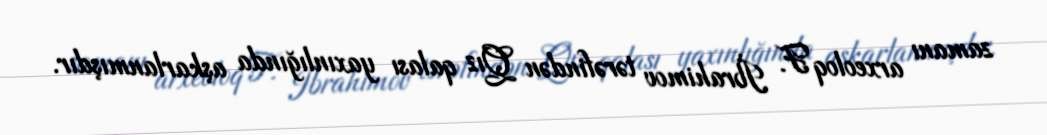
zamanı arxeoloq F. İbrahimov tərəfindən Qız qalası yaxınlığında aşkarlanmışdır.